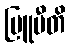
ဗြူမီတိ